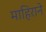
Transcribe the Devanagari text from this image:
माहिराने